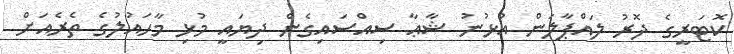
ކޮޓަރީގެ ދޮރު ލައްޕާލަން އުޅުނު ޝާޢާ ސިއްސައިގެން ދިޔައީ މުޅި މާހައުލުގެ ތެރެއަށް